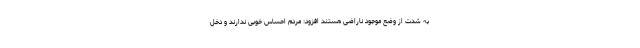
به شدت از وضع موجود ناراضی هستند افزود: مردم احساس خوبی ندارند و دخل